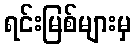
ရင်းမြစ်များမှ